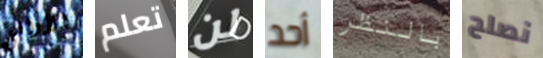
الأواني تعلم لن أحد بالنظر نصلح